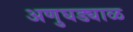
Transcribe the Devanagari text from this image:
अणुघड्याळ